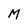
Character: M